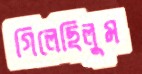
গিলেছিলুম